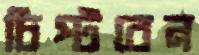
চিপ্‌টবেন